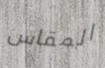
المقاس